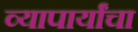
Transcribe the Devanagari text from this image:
व्यापार्यांचा